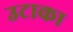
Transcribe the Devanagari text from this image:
उटाका